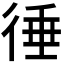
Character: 𢔝